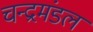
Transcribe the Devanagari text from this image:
चन्द्रमंडल